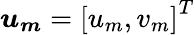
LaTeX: \boldsymbol{u_{m}}=\left[u_{m},v_{m}\right]^{T}